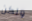
ولكن